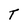
Character: T